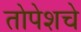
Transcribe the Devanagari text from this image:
तोपेशचे